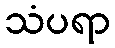
သံပရာ